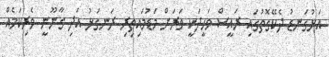
އަޅުގަނޑު ދެކޭގޮތުގައި ރައީސް ވަހީދަކީ ވަރަށް މަޑުމައިތިރި ރަނގަޅު އަދި ގާނޫނީ ވެރިކަމެއް